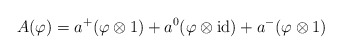
\begin{align*} A(\varphi )= a^+(\varphi \otimes 1) + a^0(\varphi\otimes\operatorname{id}) +a^-(\varphi \otimes 1) \end{align*}